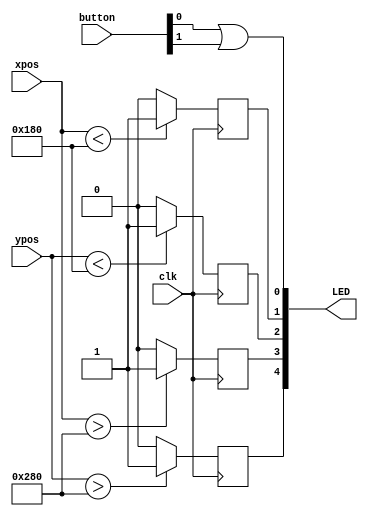
module LED_joystick(
      input			clk,

      input [9:0]	xpos,
      input [9:0]	ypos,
      input [1:0]	button,

      output [4:0] 	LED
      );

	// ===========================================================================
	// 							  Parameters, Registers, and Wires
	// ===========================================================================
	reg xPosLED[1:0];
	reg yPosLED[1:0];

	// Begin
	always@(posedge clk)
		begin

		// Check if the joystick x position has gone beyond a min value
		if (xpos < 384) begin
			xPosLED[0] <= 1'b1;
			end
		else begin
			xPosLED[0] <= 1'b0;
			end

		if (xpos > 640) begin
			xPosLED[1] <= 1'b1;
			end
		else begin
			xPosLED[1] <= 1'b0;
			end

		// Check if the joystick y position has gone beyond a min value
		if (ypos < 384) begin
			yPosLED[1] <= 1'b1;
			end
		else begin
			yPosLED[1] <= 1'b0;
			end

        if (ypos > 640) begin
            yPosLED[0] <= 1'b1;
            end
        else begin
            yPosLED[0] <= 1'b0;
            end

		// end behavior
		end


	// button assignments
	assign LED[0] = button[0]|button[1];

	// x lights
	assign LED[1] = xPosLED[0];
	assign LED[3] = xPosLED[1];
	assign LED[4] = yPosLED[0];
	assign LED[2] = yPosLED[1];

endmodule